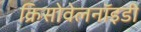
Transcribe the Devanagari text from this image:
क्रिसोवेलनॉइडी